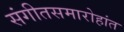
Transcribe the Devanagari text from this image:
संगीतसमारोहांत